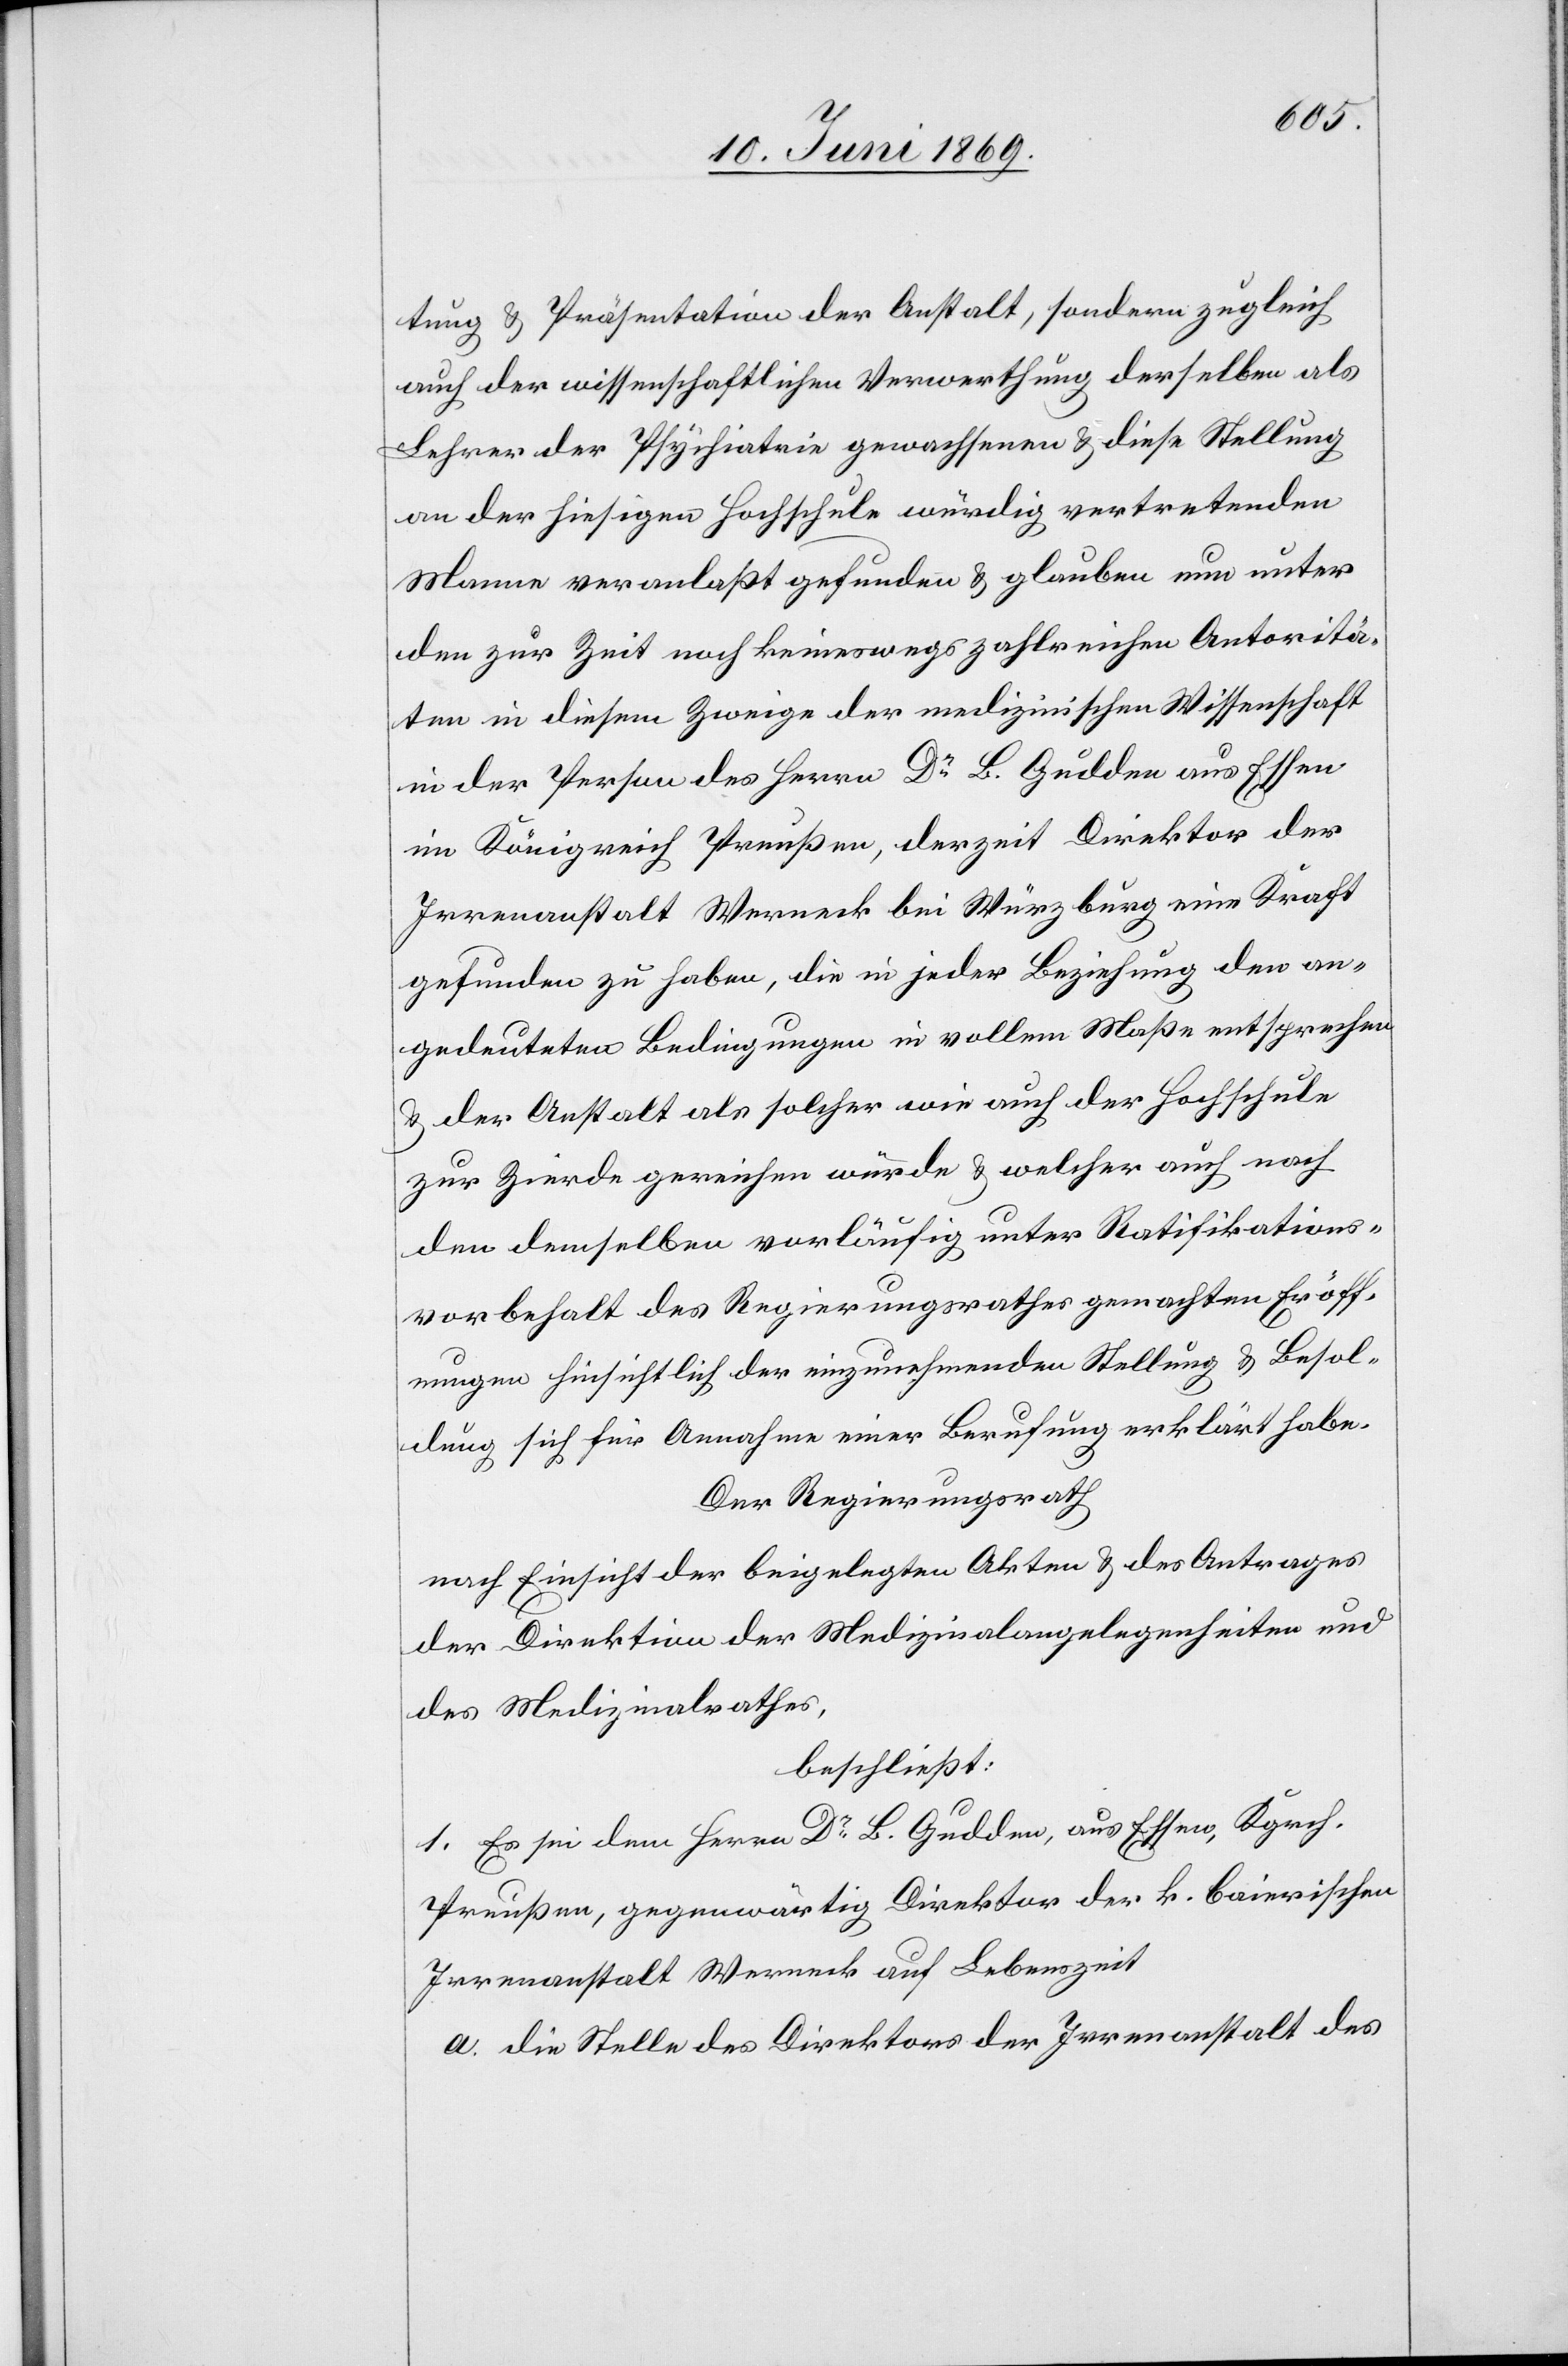
ft
tung u. Präsentation der Anstalt, sondern zugleich
auch der wissenschaftlichen Verwerthung derselben als
Lehrer der Psychiatrie gewachsenen u. diese Stellung
an der hiesigen Hochschule würdig vertretenden
Manne veranlaßt gefunden u. glauben um unter
den zur Zeit noch keineswegs zahlreichen Wissenscha¬
in der Person des Herrn Dr B. Gulden aus Essen
im Königreich Preußen, derzeit Direktor der
Irrenanstalt Werneck bei Würzburg eine Kraft
gefunden zu haben, die in jeder Beziehung den an¬
gedeuteten Bedingungen in vollem Maße entsprechen
u. der Anstalt als solcher wie auch der Hochschule
zur Zierde gereichen würde u. welcher auch noch
den demselben vorläufig unter Ratifikations¬
vorbehalt des Regierungsrathes gemachten Eröff¬
nungen hinsichtlich der einzunehmenden Stellung u. Besol¬
dung sich für Annahme einer Berufung erklärt habe.
Der Regierungsrath,
nach Einsicht der beigelegten Akten u. des Antrages
der Direktion der Medizinalangelegenheiten und
des Medizinalrathes,
beschließt:
1. Es sei dem Herrn Dr B. Gulden, aus Essen, Kgrch.
Preußen, gegenwärtig Direktor der k. baierischen
Irrenanstalt Werneck auf Lebenszeit
a. die Stelle des Direktors der Irrenanstalt des